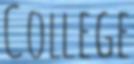
College